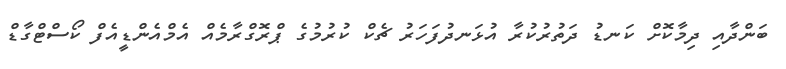
ބަންދާއި ދިމާކޮށް ކަނޑު ދަތުރުކުރާ އުޅަނދުފަހަރު ޗެކް ކުރުމުގެ ޕްރޮގްރާމެއް އެމްއެންޑީއެފް ކޯސްޓްގާޑް